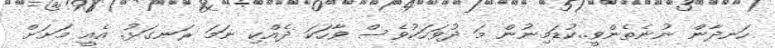
ހަނދާން ނުނެތެންވީ..ކުޑަމިނުން މަ ދުވަހަކުވެސް ވާހަކަ ދެއްކި ނަމަ ރަނގަޅު. އެއީ މަށަށް